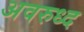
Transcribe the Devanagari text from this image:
अवरुध्द